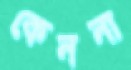
কেননা